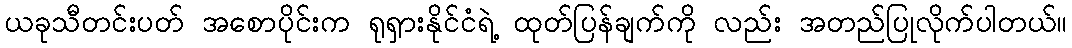
ယခုသီတင်းပတ် အစောပိုင်းက ရုရှားနိုင်ငံရဲ့ ထုတ်ပြန်ချက်ကို လည်း အတည်ပြုလိုက်ပါတယ်။